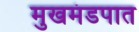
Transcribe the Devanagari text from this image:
मुखमंडपात